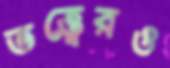
তত্ত্বেরও